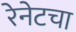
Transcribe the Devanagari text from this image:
रेनेटचा